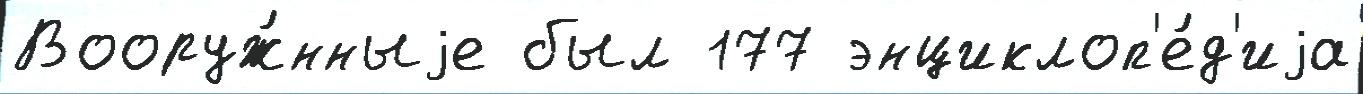
Вооруж́нныjе был 177 энциклоп'е́д'иjа